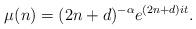
LaTeX: \begin{align*}\mu(n)=(2n+d)^{-\alpha}e^{(2n+d)it}.\end{align*}